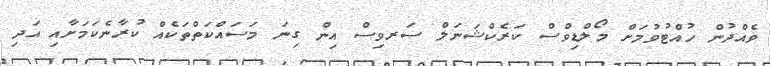
ވެއްދުން ހުއްޓުވުމަށް މޯލްޑިވްސް ކަރެކްޝަނަލް ސަރވިސް އިން ގިނަ މަސައްކަތްތަކެއް ކުރާނެކަމަށާއި އަދި